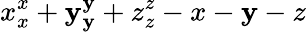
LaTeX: x_{x}^{x}+\mathbf{y}_{\mathbf{y}}^{\mathbf{y}}+z_{z}^{z}-x-\mathbf{y}-z